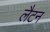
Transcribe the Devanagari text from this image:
लैटन